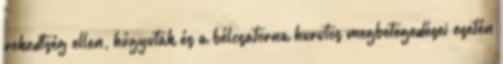
rekedtség ellen, húgyutak és a bélcsatorna hurutos megbetegedései esetén